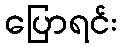
ပြောရင်း